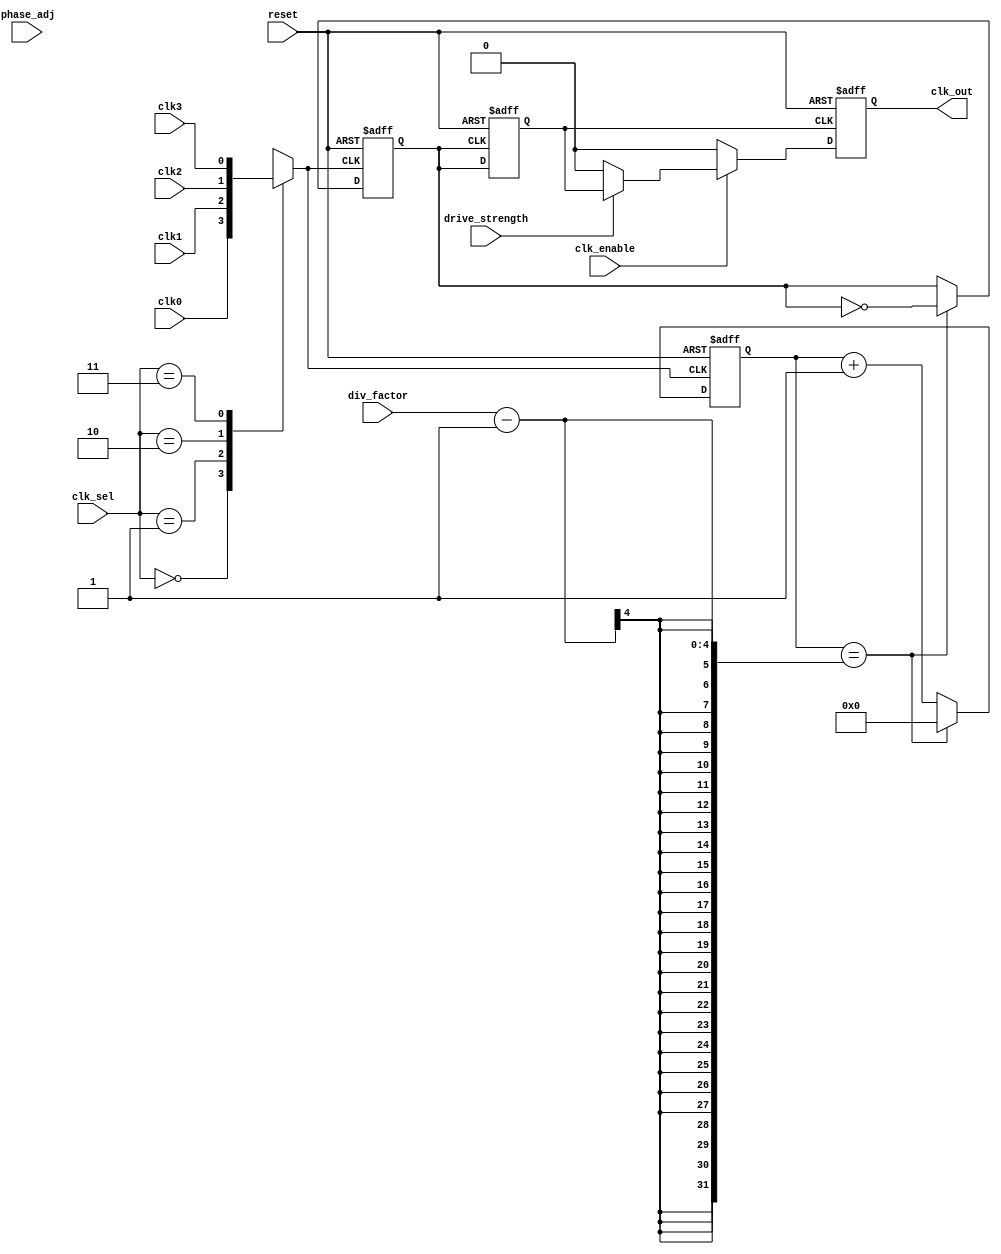
module ProgrammableClockBuffer (
    input wire clk0,            // Clock Input 0
    input wire clk1,            // Clock Input 1
    input wire clk2,            // Clock Input 2
    input wire clk3,            // Clock Input 3
    input wire [1:0] clk_sel,   // Clock Source Selection
    input wire [3:0] div_factor, // Frequency Division Factor
    input wire [2:0] phase_adj,  // Phase Adjustment (in clock cycles)
    input wire drive_strength,    // Output Drive Strength Control
    input wire clk_enable,        // Clock Gating Enable
    input wire reset,             // Reset Signal
    output reg clk_out            // Output Clock
);

// Internal Signals
reg selected_clk;
reg divided_clk;
reg phase_adjusted_clk;
reg [3:0] counter;

// Clock Input Selection
always @(*) begin
    case (clk_sel)
        2'b00: selected_clk = clk0;
        2'b01: selected_clk = clk1;
        2'b10: selected_clk = clk2;
        2'b11: selected_clk = clk3;
        default: selected_clk = clk0; // Default to clk0
    endcase
end

// Frequency Division
always @(posedge selected_clk or posedge reset) begin
    if (reset) begin
        counter <= 0;
        divided_clk <= 0;
    end else begin
        if (counter == div_factor - 1) begin
            divided_clk <= ~divided_clk; // Toggle output clock
            counter <= 0; // Reset counter
        end else begin
            counter <= counter + 1; // Increment counter
        end
    end
end

// Phase Adjustment
always @(posedge divided_clk or posedge reset) begin
    if (reset) begin
        phase_adjusted_clk <= 0;
    end else begin
        if (phase_adj > 0) begin
            phase_adjusted_clk <= divided_clk; // Phase adjustment logic
        end else begin
            phase_adjusted_clk <= divided_clk; // No phase adjustment
        end
    end
end

// Output Drive Strength Control & Clock Gating
always @(posedge phase_adjusted_clk or posedge reset) begin
    if (reset) begin
        clk_out <= 0;
    end else if (clk_enable) begin
        clk_out <= (drive_strength) ? phase_adjusted_clk : 1'b0; // Adjust drive strength
    end else begin
        clk_out <= 0; // Clock gated
    end
end

endmodule